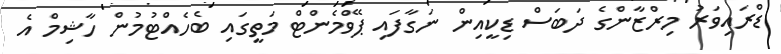
ޑްރައިވަރު މިރްޒާންގެ ދަބަސް ޑިކީއިން ނަގާފައި ޕޭވްމެންޓް މަތީގައި ބެހެއްޓުމުން ހާޝިމް އެ